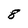
Character: 8